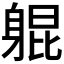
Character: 𬧨